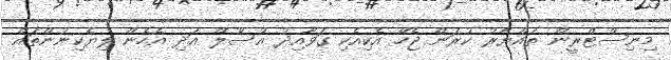
މިނިސްޓްރީން ތައްޔާރު ކުރަން ޖެހޭ އެކިއެކި ގަވާއިދު އުސޫލް އަދި އެހެން ލިޔެކިނުންތައް